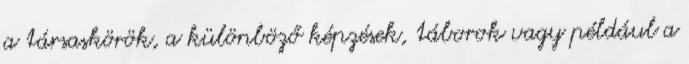
a társaskörök, a különböző képzések, táborok vagy például a